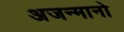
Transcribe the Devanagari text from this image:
अजन्मानो